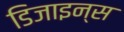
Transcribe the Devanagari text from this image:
डिजाइन्स